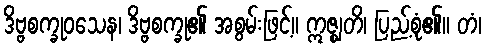
ဒိဗ္ဗစက္ခုဝသေန၊ ဒိဗ္ဗစက္ခု၏ အစွမ်းဖြင့်။ ဣဇ္ဈတိ၊ ပြည့်စုံ၏။ တံ၊